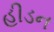
હીડન